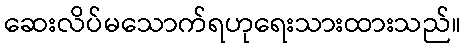
ဆေးလိပ်မသောက်ရဟုရေးသားထားသည်။